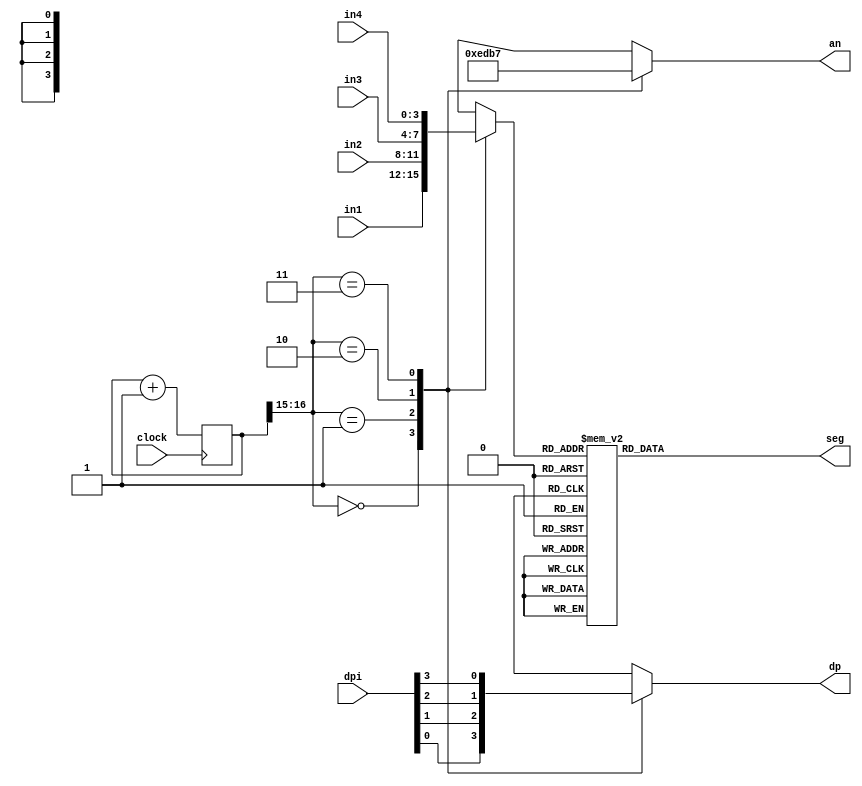
`timescale 1ns / 1ps

module sevenseg(
    input  clock,
    input  [3:0]in1, in2, in3, in4, dpi,
    output [6:0]seg,
    output dp,
    output [3:0]an
);
   
localparam N = 17;

reg [N-1:0] count;
reg [3:0] sseg;
reg [3:0] antmp;
reg [6:0] ssegtmp;
reg dptmp;

always @ (posedge clock)
begin
    count <= count + 1;
end

always @ (*)
begin
    case (count[N-1:N-2])
    2'b00:
        begin
            sseg = in1;
            dptmp = dpi[0];
            antmp = 4'b1110;
        end
    2'b01:
        begin
            sseg = in2;
            dptmp = dpi[1];
            antmp = 4'b1101;
        end
    2'b10:
        begin
            sseg = in3;
            dptmp = dpi[2];
            antmp = 4'b1011;
        end
    2'b11:
        begin
            sseg = in4;
            dptmp = dpi[3];
            antmp = 4'b0111;
        end
    endcase
end

always @ (*)
begin
    case (sseg)
    4'd0: ssegtmp = 7'b1000000;
    4'd1: ssegtmp = 7'b1111001;
    4'd2: ssegtmp = 7'b0100100;
    4'd3: ssegtmp = 7'b0110000;
    4'd4: ssegtmp = 7'b0011001;
    4'd5: ssegtmp = 7'b0010010;
    4'd6: ssegtmp = 7'b0000010;
    4'd7: ssegtmp = 7'b1111000;
    4'd8: ssegtmp = 7'b0000000;
    4'd9: ssegtmp = 7'b0010000;
    4'd10: ssegtmp = 7'b0001000;
    4'd11: ssegtmp = 7'b0000011;
    4'd12: ssegtmp = 7'b1000110;
    4'd13: ssegtmp = 7'b0100001;
    4'd14: ssegtmp = 7'b0000110;
    4'd15: ssegtmp = 7'b0001110;
    default: ssegtmp = 7'b0111111;
    endcase
end

assign an = antmp;
assign seg[6:0] = ssegtmp;
assign dp = dptmp;

endmodule